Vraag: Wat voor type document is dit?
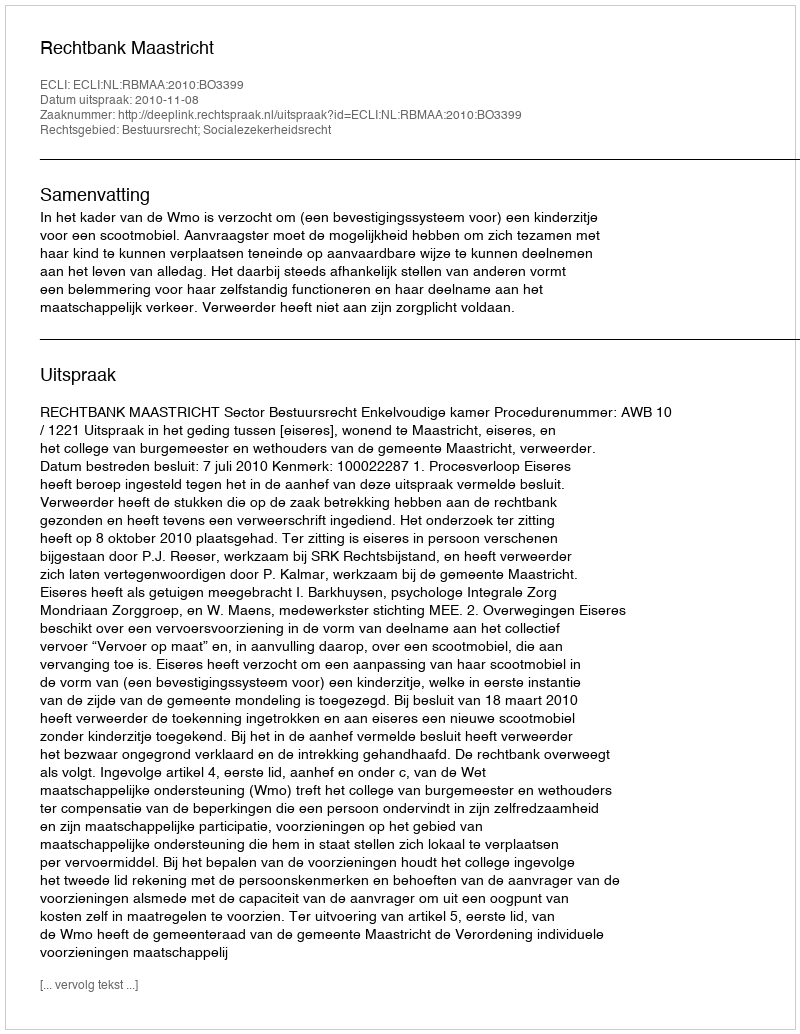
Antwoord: Uitspraak